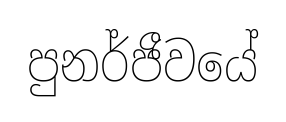
පුනර්ජීවයේ